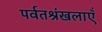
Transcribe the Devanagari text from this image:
पर्वतश्रंखलाएँ